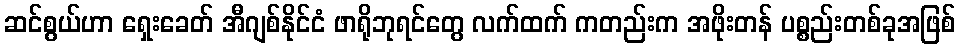
ဆင်စွယ်ဟာ ရှေးခေတ် အီဂျစ်နိုင်ငံ ဖာရိုဘုရင်တွေ လက်ထက် ကတည်းက အဖိုးတန် ပစ္စည်းတစ်ခုအဖြစ်